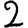
Digit: 2